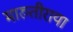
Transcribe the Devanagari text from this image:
मारुतीराया